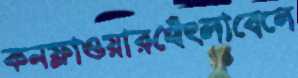
কনফ্লাওয়ারথেঁৎলাবেলে